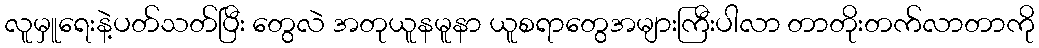
လူမှူရေးနဲ့ပတ်သတ်ပြီး တွေလဲ အတုယူနမူနာ ယူစရာတွေအများကြီးပါလာ တာတိုးတက်လာတာကို